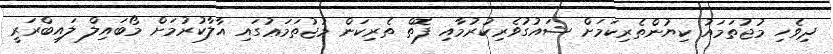
ދިވެހި މުޖުތަމައު ކިޔުންތެރިކަމަށް ޝައުގުވެރިކުރުމާއި ފޮތް ތެރިކަން މުޖުތަމަޢުގައި އާލާކުރުމަށް މޯބައިލް ލައިބްރަރީ